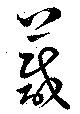
葴